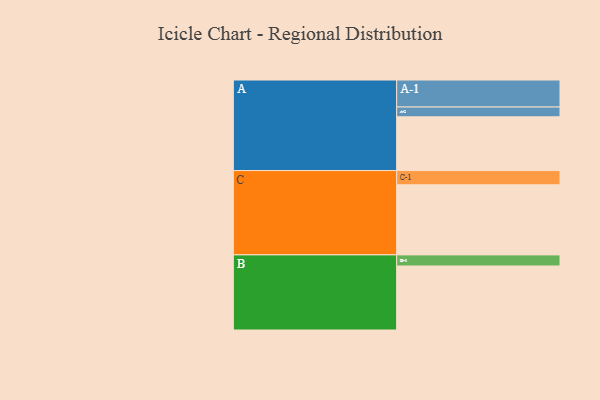
{"axis": {"x": "Segment", "y": "Value"}, "legend": ["", "A", "B", "C"], "data": [{"x": "A", "y": 362, "type": ""}, {"x": "B", "y": 431, "type": ""}, {"x": "C", "y": 472, "type": ""}, {"x": "A-1", "y": 182, "type": "A"}, {"x": "A-2", "y": 66, "type": "A"}, {"x": "B-1", "y": 75, "type": "B"}, {"x": "C-1", "y": 96, "type": "C"}]}